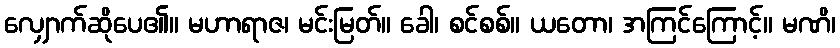
လျှောက်ဆိုပေ၏။ မဟာရာဇ၊ မင်းမြတ်။ ခေါ၊ စင်စစ်။ ယတော၊ အကြင်ကြောင့်။ မဏိ၊